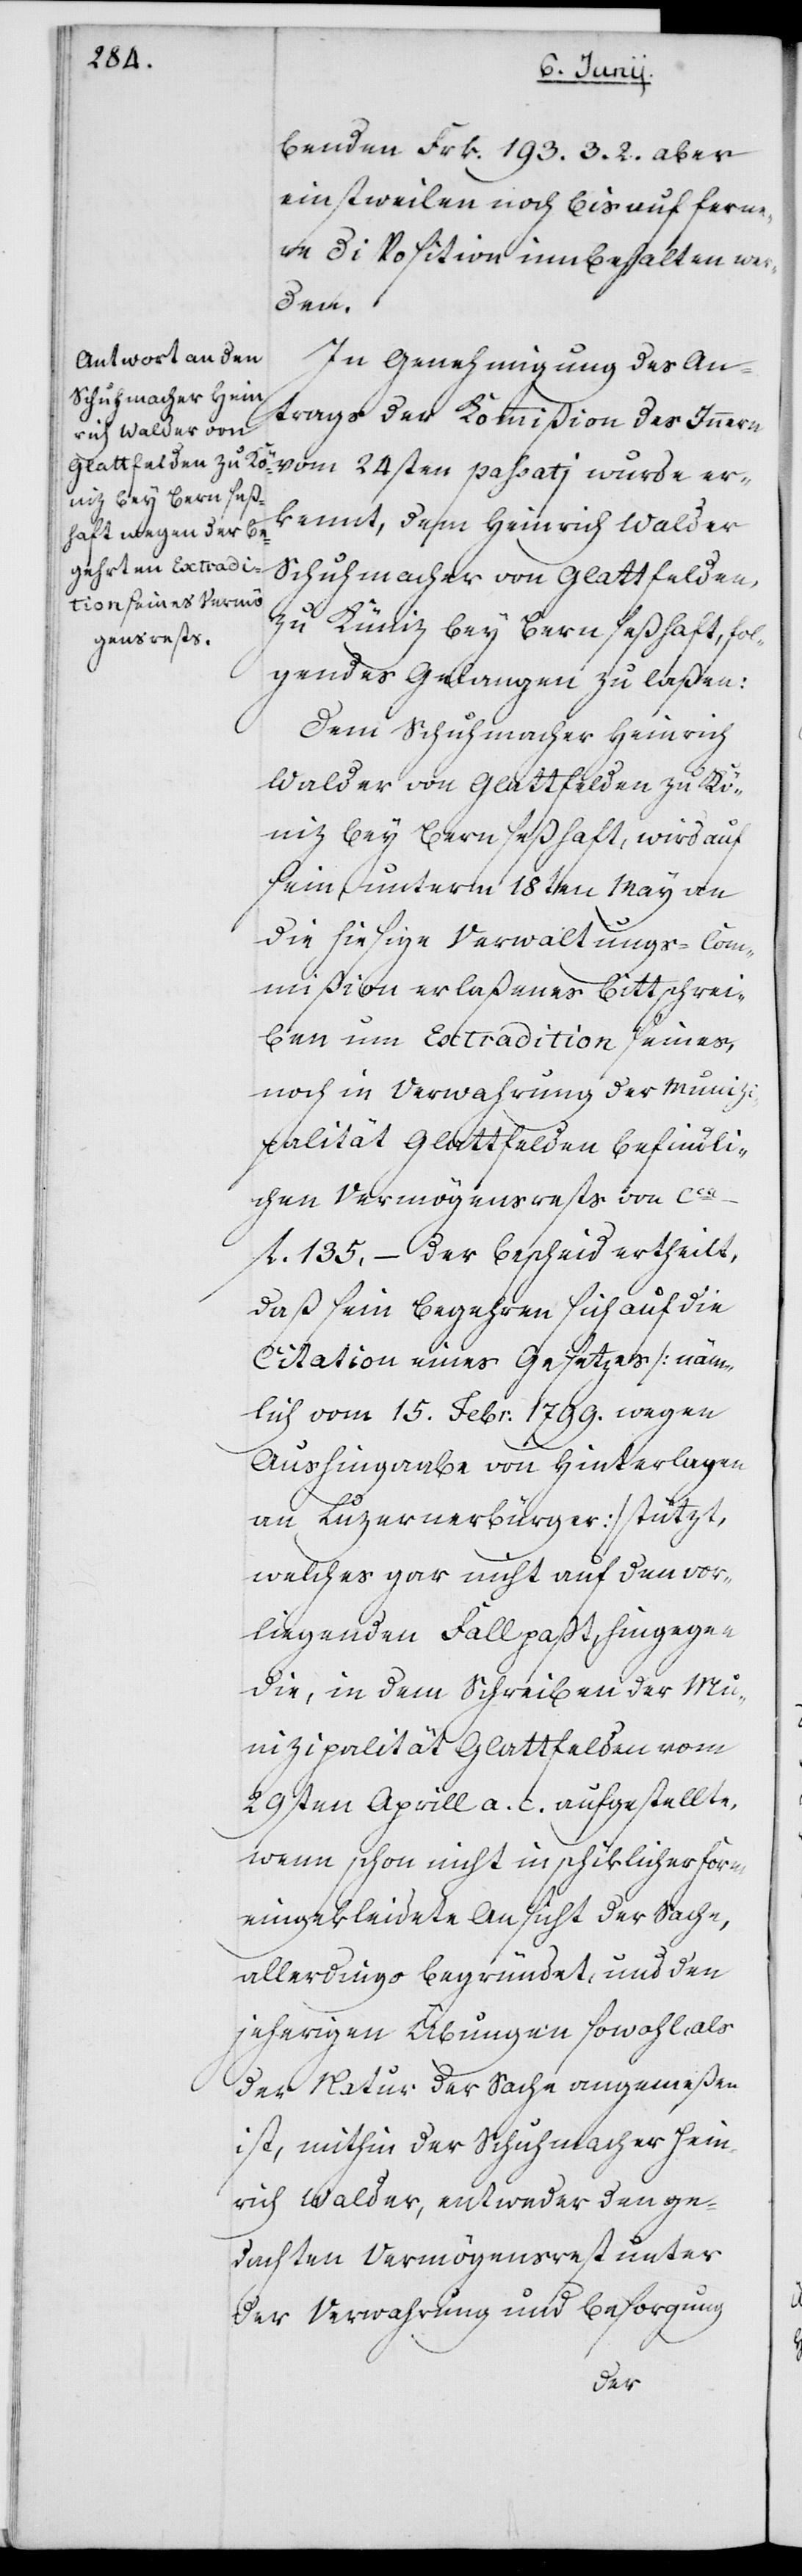
benden Frk. 193. 3. 2. aber
einstweilen noch bis auf ferne¬
re Disposition innbehalten wer¬
den.
In Genehmigung des An¬
trags der Kommißion des Innern
vom 24sten passatj wurde er¬
kennt, dem Heinrich Walder,
Schuhmacher von Glattfelden,
zu Köniz bey Bern seßhaft, fol¬
gendes Gelangen zu laßen:
Dem Schuhmacher Heinrich
Walder von Glattfelden zu Kö¬
niz bey Bern seßhaft, wird auf
sein unterm 18ten May an
die hiesige Verwaltungs-Com¬
mißion erlaßenes Bittschrei¬
ben um Extradition seines,
noch in Verwahrung der Muniz¬
ipalität Glattfelden befindli¬
chen Vermögensrests von ca.
fl. 135, – der Bescheid ertheilt,
daß sein Begehren sich auf die
Citation eines Gesetzes (näm¬
lich vom 15. Febr. 1799. wegen
Aushingabe von Hinterlagen
an Luzernerbürger) stützt,
welches gar nicht auf den vor¬
liegenden Fall paßt, hingegen
die, in dem Schreiben der Mu¬
nizipalität Glattfelden vom
29sten Aprill a. c. aufgestellte,
wenn schon nicht in schiklicher Form
eingekleidete Ansicht der Sache,
allerdings begründet, und den
jeherigen Übungen sowohl, als
der Natur der Sache angemeßen
ist, mithin der Schuhmacher Hein¬
rich Walder, entweder den ge¬
dachten Vermögensrest unter
der Verwahrung und Besorgung